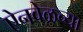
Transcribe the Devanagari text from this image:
ऐनवेळच्या